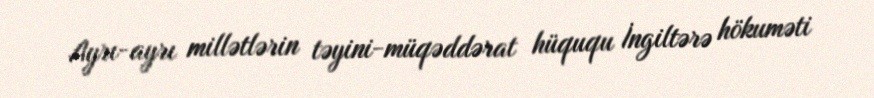
Ayrı-ayrı millətlərin təyini-müqəddərat hüququ İngiltərə hökuməti